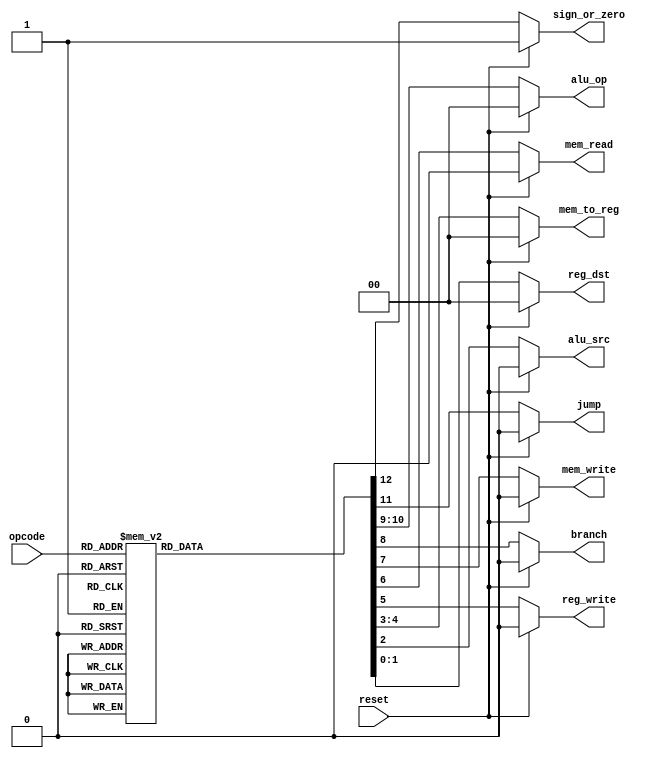
module control_unit(input[2:0]opcode, input reset,
			output reg[1:0] reg_dst,mem_to_reg,alu_op,
			output reg alu_src,reg_write,mem_read,mem_write,branch,jump,sign_or_zero);
always @(*)

if(reset == 1'b1)
begin
reg_dst = 2'b00;
alu_src = 1'b0;
mem_to_reg = 2'b00;
reg_write = 1'b0;
mem_read = 1'b0;
mem_write = 1'b0;
branch = 1'b0;
alu_op = 2'b00;
jump = 1'b0;
sign_or_zero = 1'b1;
end
else begin
case(opcode)
3'b000: begin //R-type
reg_dst = 2'b01;
alu_src = 1'b0;
mem_to_reg = 2'b00;
reg_write = 1'b1;
mem_read = 1'b0;
mem_write = 1'b0;
branch = 1'b0;
alu_op = 2'b00;
jump = 1'b0;
sign_or_zero = 1'b1;
end 

3'b001: begin //slti type
reg_dst = 2'b00;
alu_src = 1'b1;
mem_to_reg = 2'b00;
reg_write = 1'b1;
mem_read = 1'b0;
mem_write = 1'b0;
branch = 1'b0;
alu_op = 2'b10;
jump = 1'b0;
sign_or_zero = 1'b0;
end 

3'b010: begin //j-type
reg_dst = 2'b00;
alu_src = 1'b0;
mem_to_reg = 2'b00;
reg_write = 1'b0;
mem_read = 1'b0;
mem_write = 1'b0;
branch = 1'b0;
alu_op = 2'b00;
jump = 1'b1;
sign_or_zero = 1'b1;
end 

3'b011: begin //jal-type
reg_dst = 2'b10;
alu_src = 1'b0;
mem_to_reg = 2'b10;
reg_write = 1'b1;
mem_read = 1'b0;
mem_write = 1'b0;
branch = 1'b0;
alu_op = 2'b00;
jump = 1'b1;
sign_or_zero = 1'b1;
end 

3'b100: begin //lw-type
reg_dst = 2'b00;
alu_src = 1'b1;
mem_to_reg = 2'b01;
reg_write = 1'b1;
mem_read = 1'b1;
mem_write = 1'b0;
branch = 1'b0;
alu_op = 2'b11;
jump = 1'b0;
sign_or_zero = 1'b1;
end 

3'b101: begin //sw-type
reg_dst = 2'b00;
alu_src = 1'b1;
mem_to_reg = 2'b00;
reg_write = 1'b0;
mem_read = 1'b0;
mem_write = 1'b1;
branch = 1'b0;
alu_op = 2'b11;
jump = 1'b0;
sign_or_zero = 1'b1;
end 

3'b110: begin //beq-type
reg_dst = 2'b00;
alu_src = 1'b0;
mem_to_reg = 2'b00;
reg_write = 1'b0;
mem_read = 1'b0;
mem_write = 1'b0;
branch = 1'b1;
alu_op = 2'b01;
jump = 1'b0;
sign_or_zero = 1'b1;
end 

3'b111: begin //addi-type
reg_dst = 2'b00;
alu_src = 1'b1;
mem_to_reg = 2'b00;
reg_write = 1'b1;
mem_read = 1'b0;
mem_write = 1'b0;
branch = 1'b0;
alu_op = 2'b11;
jump = 1'b0;
sign_or_zero = 1'b1;
end 

default: begin
reg_dst = 2'b01;
alu_src = 1'b0;
mem_to_reg = 2'b00;
reg_write = 1'b1;
mem_read = 1'b0;
mem_write = 1'b0;
branch = 1'b0;
alu_op = 2'b00;
jump = 1'b0;
sign_or_zero = 1'b1;
end 
endcase 
end 
endmodule